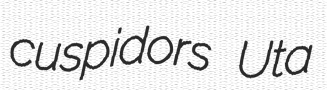
cuspidors Uta